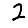
Digit: 2